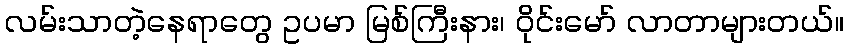
လမ်းသာတဲ့နေရာတွေ ဥပမာ မြစ်ကြီးနား၊ ဝိုင်းမော် လာတာများတယ်။